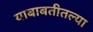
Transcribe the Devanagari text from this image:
याबाबतीतल्या